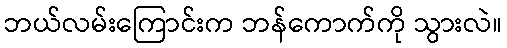
ဘယ်လမ်းကြောင်းက ဘန်ကောက်ကို သွားလဲ။